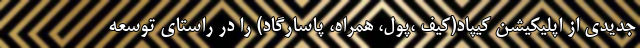
جدیدی از اپلیکیشن کیپاد(کیف ،پول، همراه، پاسارگاد) را در راستای توسعه